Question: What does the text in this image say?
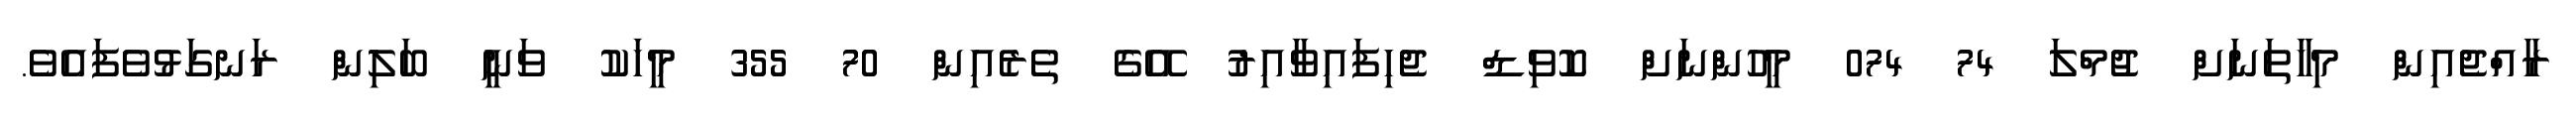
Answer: ރާއްޖެއިން މިހާތަނަށް ޖުމްލަ 74 074 މީހުންނަށް ކޮވިޑް ޖެހިފައިވާއިރު އޭގެ ތެރެއިން 70 355 މީހަކު ވަނީ ބަލިން ރަނގަޅުވެފައެވެ.